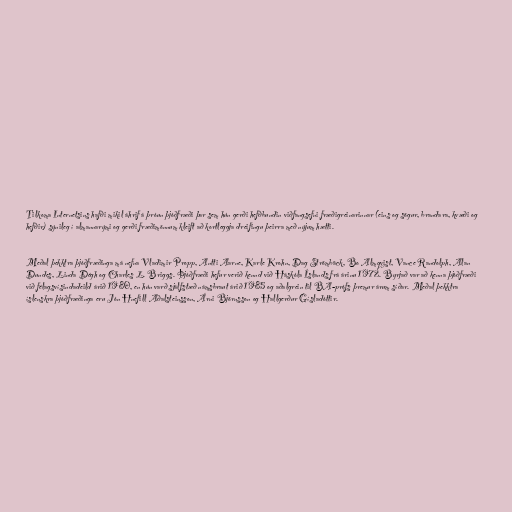
Tilkoma Internetsins hafði mikil áhrif á þróun þjóðfræði þar sem hún gerði hefðbundin viðfangsefni fræðigreinarinnar (eins og sögur, brandara, kvæði og
hefðir) sýnileg í almannarými og gerði fræðimönnum kleift að kortleggja dreifingu þeirra með nýjum hætti.

Meðal þekktra þjóðfræðinga má nefna Vladimir Propp, Antti Aarne, Karle Krohn, Dag Strömbäck, Bo Almqvist, Vance Randolph, Alan
Dundes, Linda Dégh og Charles L. Briggs. Þjóðfræði hefur verið kennd við Háskóla Íslands frá árinu 1972. Byrjað var að kenna þjóðfræði
við félagsvísindadeild árið 1980, en hún varð sjálfstæð námsbraut árið 1985 og aðalgrein til BA-prófs þremur árum síðar. Meðal þekktra
íslenskra þjóðfræðinga eru Jón Hnefill Aðalsteinsson, Árni Björnsson og Hallgerður Gísladóttir.